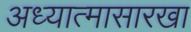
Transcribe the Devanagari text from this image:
अध्यात्मासारखा